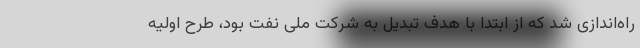
راه‌اندازی شد که از ابتدا با هدف تبدیل به شرکت ملی نفت بود، طرح اولیه